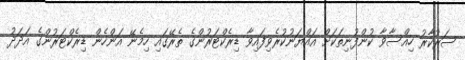
ސަރުކާރު ހިއްސާވާ ކުންފުނިތަކަށް އައްޔަނުކުރެވިފައިވާ ޑިރެކްޓަރުންގެ ތެރޭގައި ހިމެނޭ އަންހެން ޑިރެކްޓަރުންގެ އަދަދު